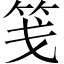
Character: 笺